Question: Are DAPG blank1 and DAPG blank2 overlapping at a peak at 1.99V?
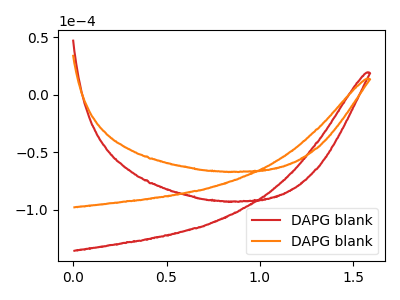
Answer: <think>The red curve "DAPG blank1" has no peaks. The orange curve "DAPG blank2" has no peaks.</think>
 <answer>No, "DAPG blank1" and "DAPG blank2" dont share a peak at 1.99V.</answer>
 <eval>mismatch</eval>